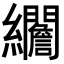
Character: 𦇾